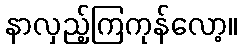
နာလှည့်ကြကုန်လော့။